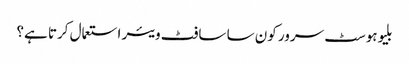
بلیوہوسٹ سرور کون سا سافٹ ویئر استعمال کرتا ہے؟